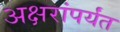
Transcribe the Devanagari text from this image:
अक्षरांपर्यंत